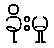
ခိုးမှု